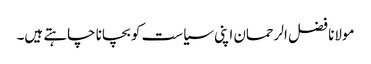
مولانا فضل الرحمان اپنی سیاست کو بچانا چاہتے ہیں۔